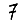
Digit: 7